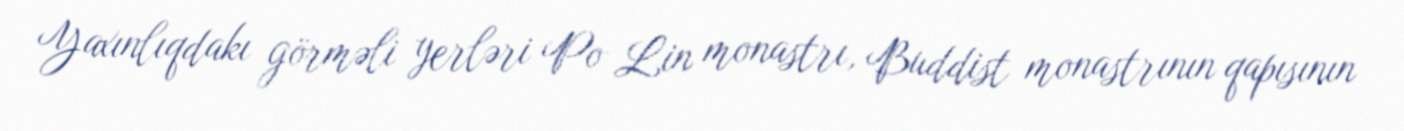
Yaxınlıqdakı görməli yerləri Po Lin monastrı, Buddist monastrının qapısının